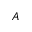
A